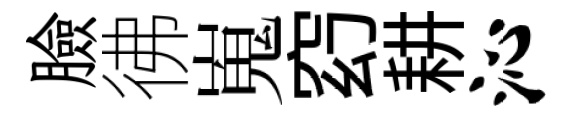
臉彿嵬𥥆耕沁